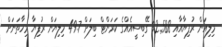
މިލިއަން ރުފިޔާއާއި 92